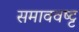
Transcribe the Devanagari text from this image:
समाववष्ट्ट